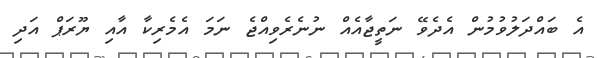
އެ ބައްދަލުވުމުން އެދެވޭ ނަތީޖާއެއް ނުނެރެވިއްޖެ ނަމަ އެމެރިކާ އާއި ޔޫރަޕް އަދި